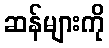
ဆန်များကို